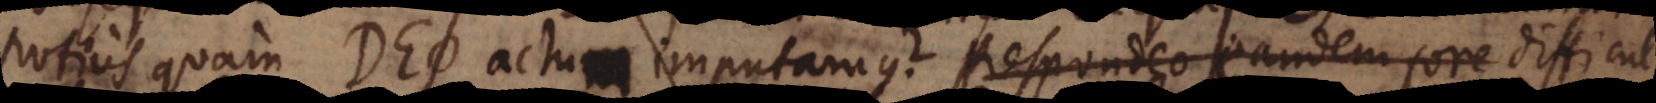
potius quam Deo actum imputamus? Respondeo eandem fore difficultatem